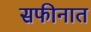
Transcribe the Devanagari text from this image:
सफीनात